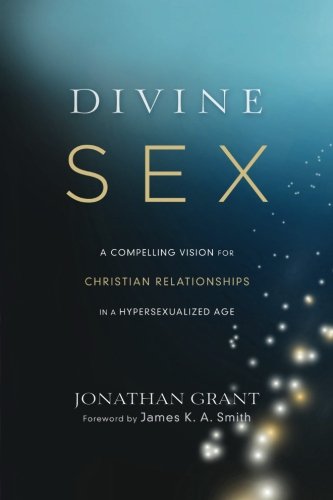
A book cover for Divine Sex: A Compelling Vision for Christian Relationships in a Hypersexualized Age; Jonathan Grant; Self-Help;